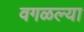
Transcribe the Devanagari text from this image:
वगळल्या